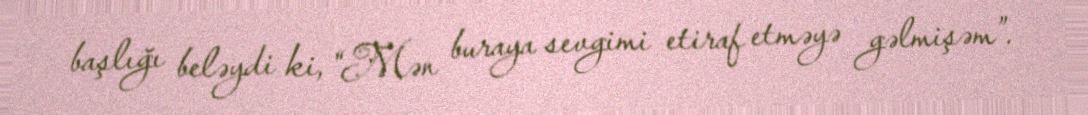
başlığı beləydi ki, “Mən buraya sevgimi etiraf etməyə gəlmişəm”.